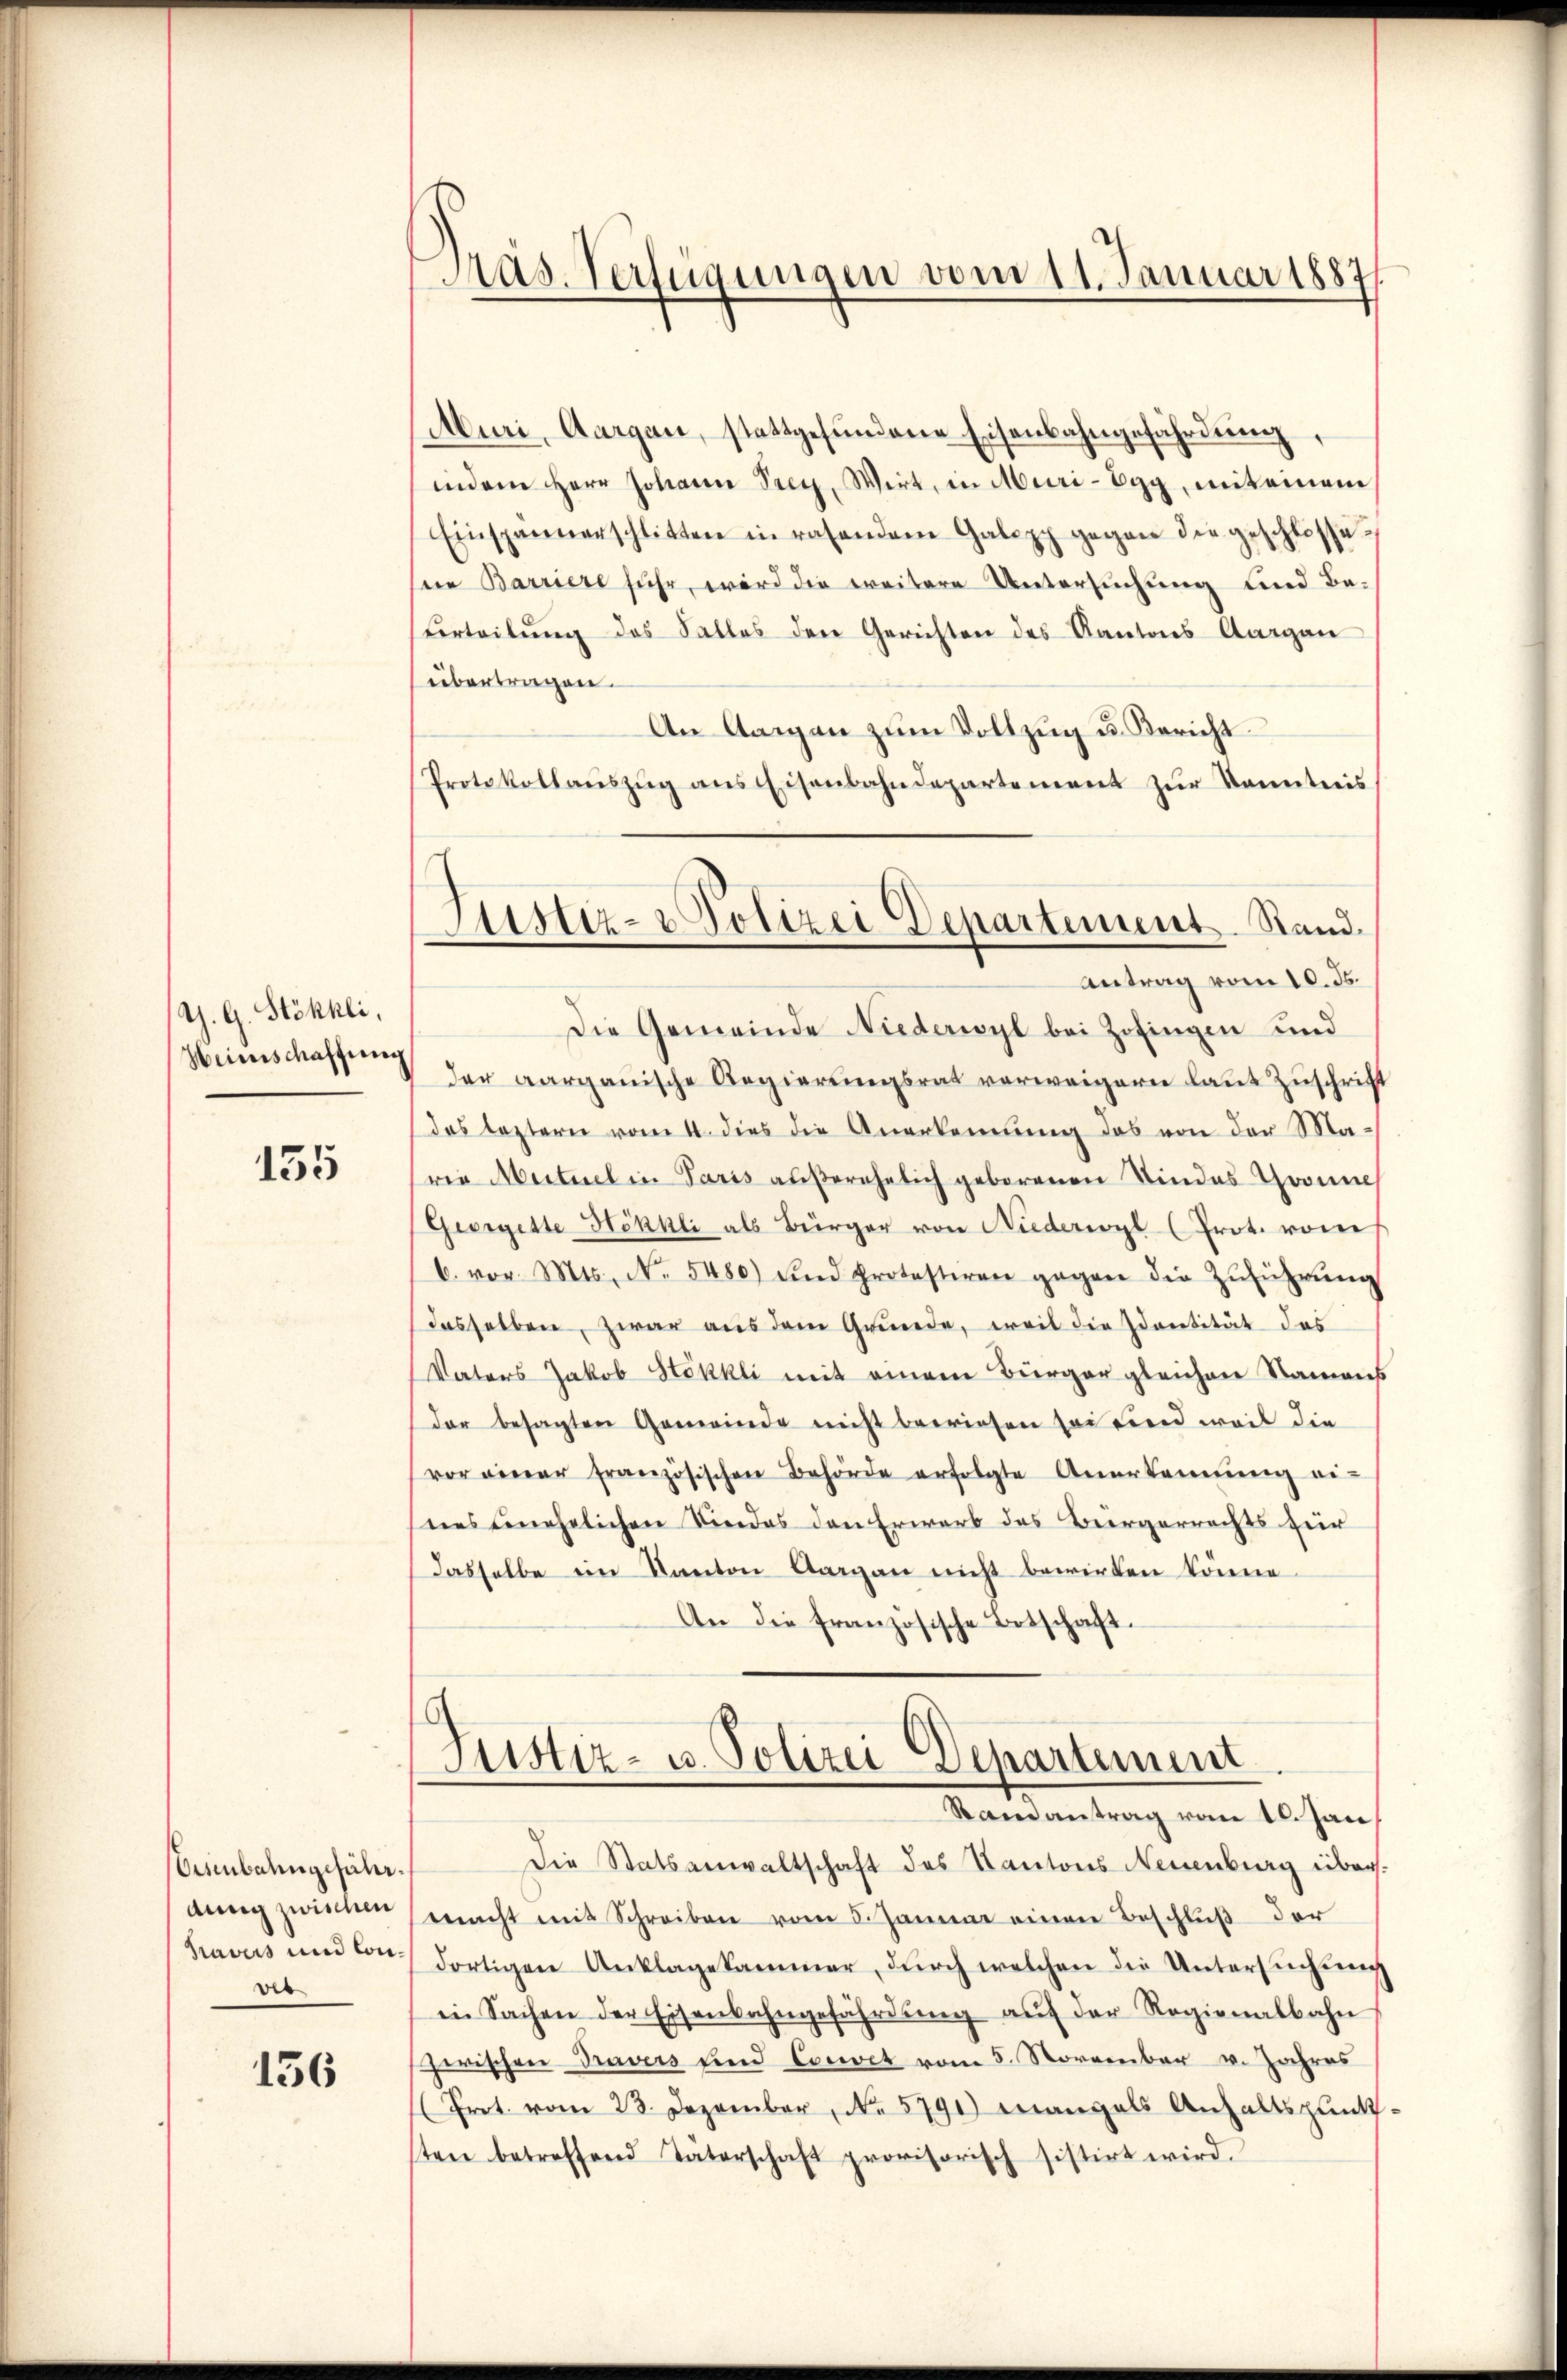
G. G. Stökhli,
Weinschaffung

135

Eisenbahngefähraing zwischen
Travers und Convet

156

Pras. Verfügungen vom 11. Januar 1887

Muri, Aargau, stattgefŭndene Eisenbahngefährdung,
indem Herr Johann Prey, Wirt, in Muri-Egg, mit einem
Einspannerschlitten in rasendem Galopp gegen die geschlosse
sein Barriere fuhr, wird die weitere Untersuchung und Be¬
Verteilŭng des Salles den Gerichten des Kantons Aargau
übertragen.
An Aargau zŭm Vollzug u. Bericht.
Protokollaŭszŭg ans Eisenbahndepartement zŭr Kenntnis
Antrag vom 10. ds.
Die Gemeinde Niederwyl bei Zofingen und
der aargauische Regierungsrat verweigern laut Zuschrift
das leztern vom 4. dies die Anerkennung das von der Maria Martiel in Paris außerehelich geborenen Sindes Gronne
(Georgette Hökkli als Bürger von Niederwyl (Prot. von
C. vor. Mts., N. 5480) und Protestiren gegen die Zŭführŭng
dasselben, zwar aus dem Grunde, weil die Identität des
Vaters Jakob Stökkli mit einem Bürger gleichen Namens
der besagten Gemeinde nicht bewiesen sei find weil die
vor einer französischen Behörde erfolgte Anerkennung ei-
nes genehelichen Kindes den Erwarb des Beergerrechts zur
dasselbe im Kanton Aargau nicht bewirken könne.
An die französische Botschaft.
Justiz- u. Polizei Departement
Ramantrag vom 10. Jan
Die Statsanwaltschaft des Kantons Neuenburg übermacht mit Schreiben vom 5. Januar einen Beschlŭβ der
dortigen Anklagesammer, durch welchen die Untersuchung
in Sachen der Eisenbahngefährdŭng auf der Regienalbahn
zwischen Travers und Convet vom 5. November v. Jahres
(Prot. vom 23. Dezember No. 5791) Mangels Anhaltspunksten betreffend Täterschaft provisorisch sistirt wird.

Justiz- & Polizei Departement. Stand.